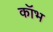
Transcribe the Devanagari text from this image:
कॉभ